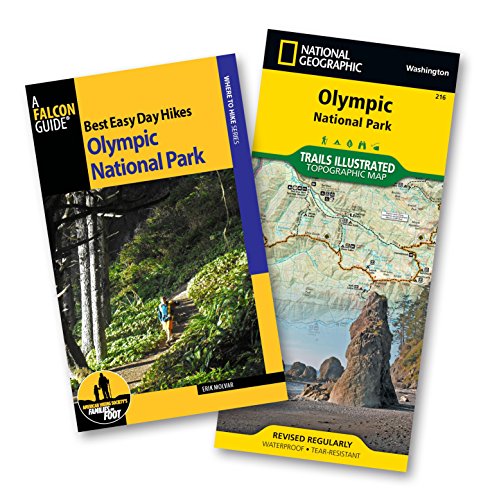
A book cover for Best Easy Day Hiking Guide and Trail Map Bundle: Olympic National Park (Best Easy Day Hikes Series); Erik Molvar; Travel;